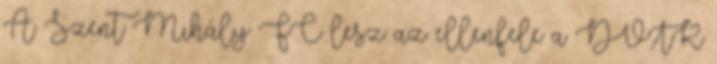
A Szent Mihály FC lesz az ellenfele a DVTK